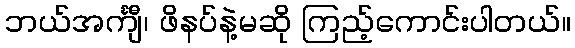
ဘယ်အင်္ကျီ၊ ဖိနပ်နဲ့မဆို ကြည့်ကောင်းပါတယ်။